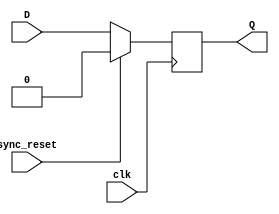
module dff_sync_res(D, clk, sync_reset, Q);
    input D;
    input clk;
    input sync_reset;
    output reg Q;

    always @(posedge clk)
    begin
        if(sync_reset==1)
            Q <= 0;
        else    
            Q<=D;
    end

    // Your code goes here.  DO NOT change anything that is already given! Otherwise, you will not be able to pass the tests!

endmodule